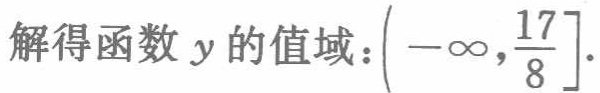
解得函数\(y\)的值域：\(\left(-\infty,\frac{17}{8}\right]\)